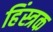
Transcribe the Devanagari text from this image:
हिंस्त्रक